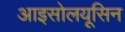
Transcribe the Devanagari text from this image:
आइसोलयूसिन